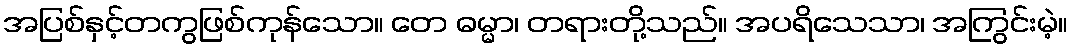
အပြစ်နှင့်တကွဖြစ်ကုန်သော။ တေ ဓမ္မာ၊ တရားတို့သည်။ အပရိသေသာ၊ အကြွင်းမဲ့။